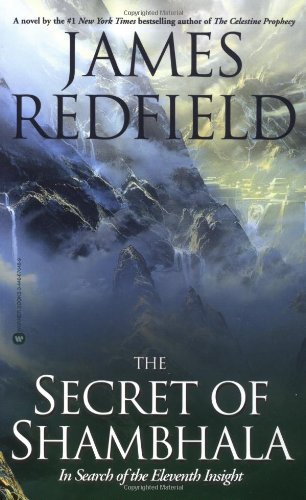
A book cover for The Secret of Shambhala: In Search of the Eleventh Insight; James Redfield; Literature & Fiction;